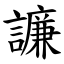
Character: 譧